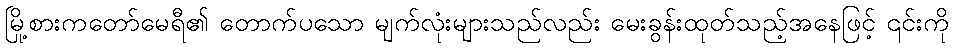
မြို့စားကတော်မေရီ၏ တောက်ပသော မျက်လုံးများသည်လည်း မေးခွန်းထုတ်သည့်အနေဖြင့် ၎င်းကို